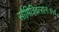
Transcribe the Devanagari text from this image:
सौमित्रिवत्सलः॥५॥